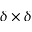
\delta \times \delta